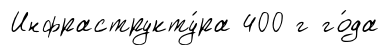
Инфраструкту́ра 400 г го́да